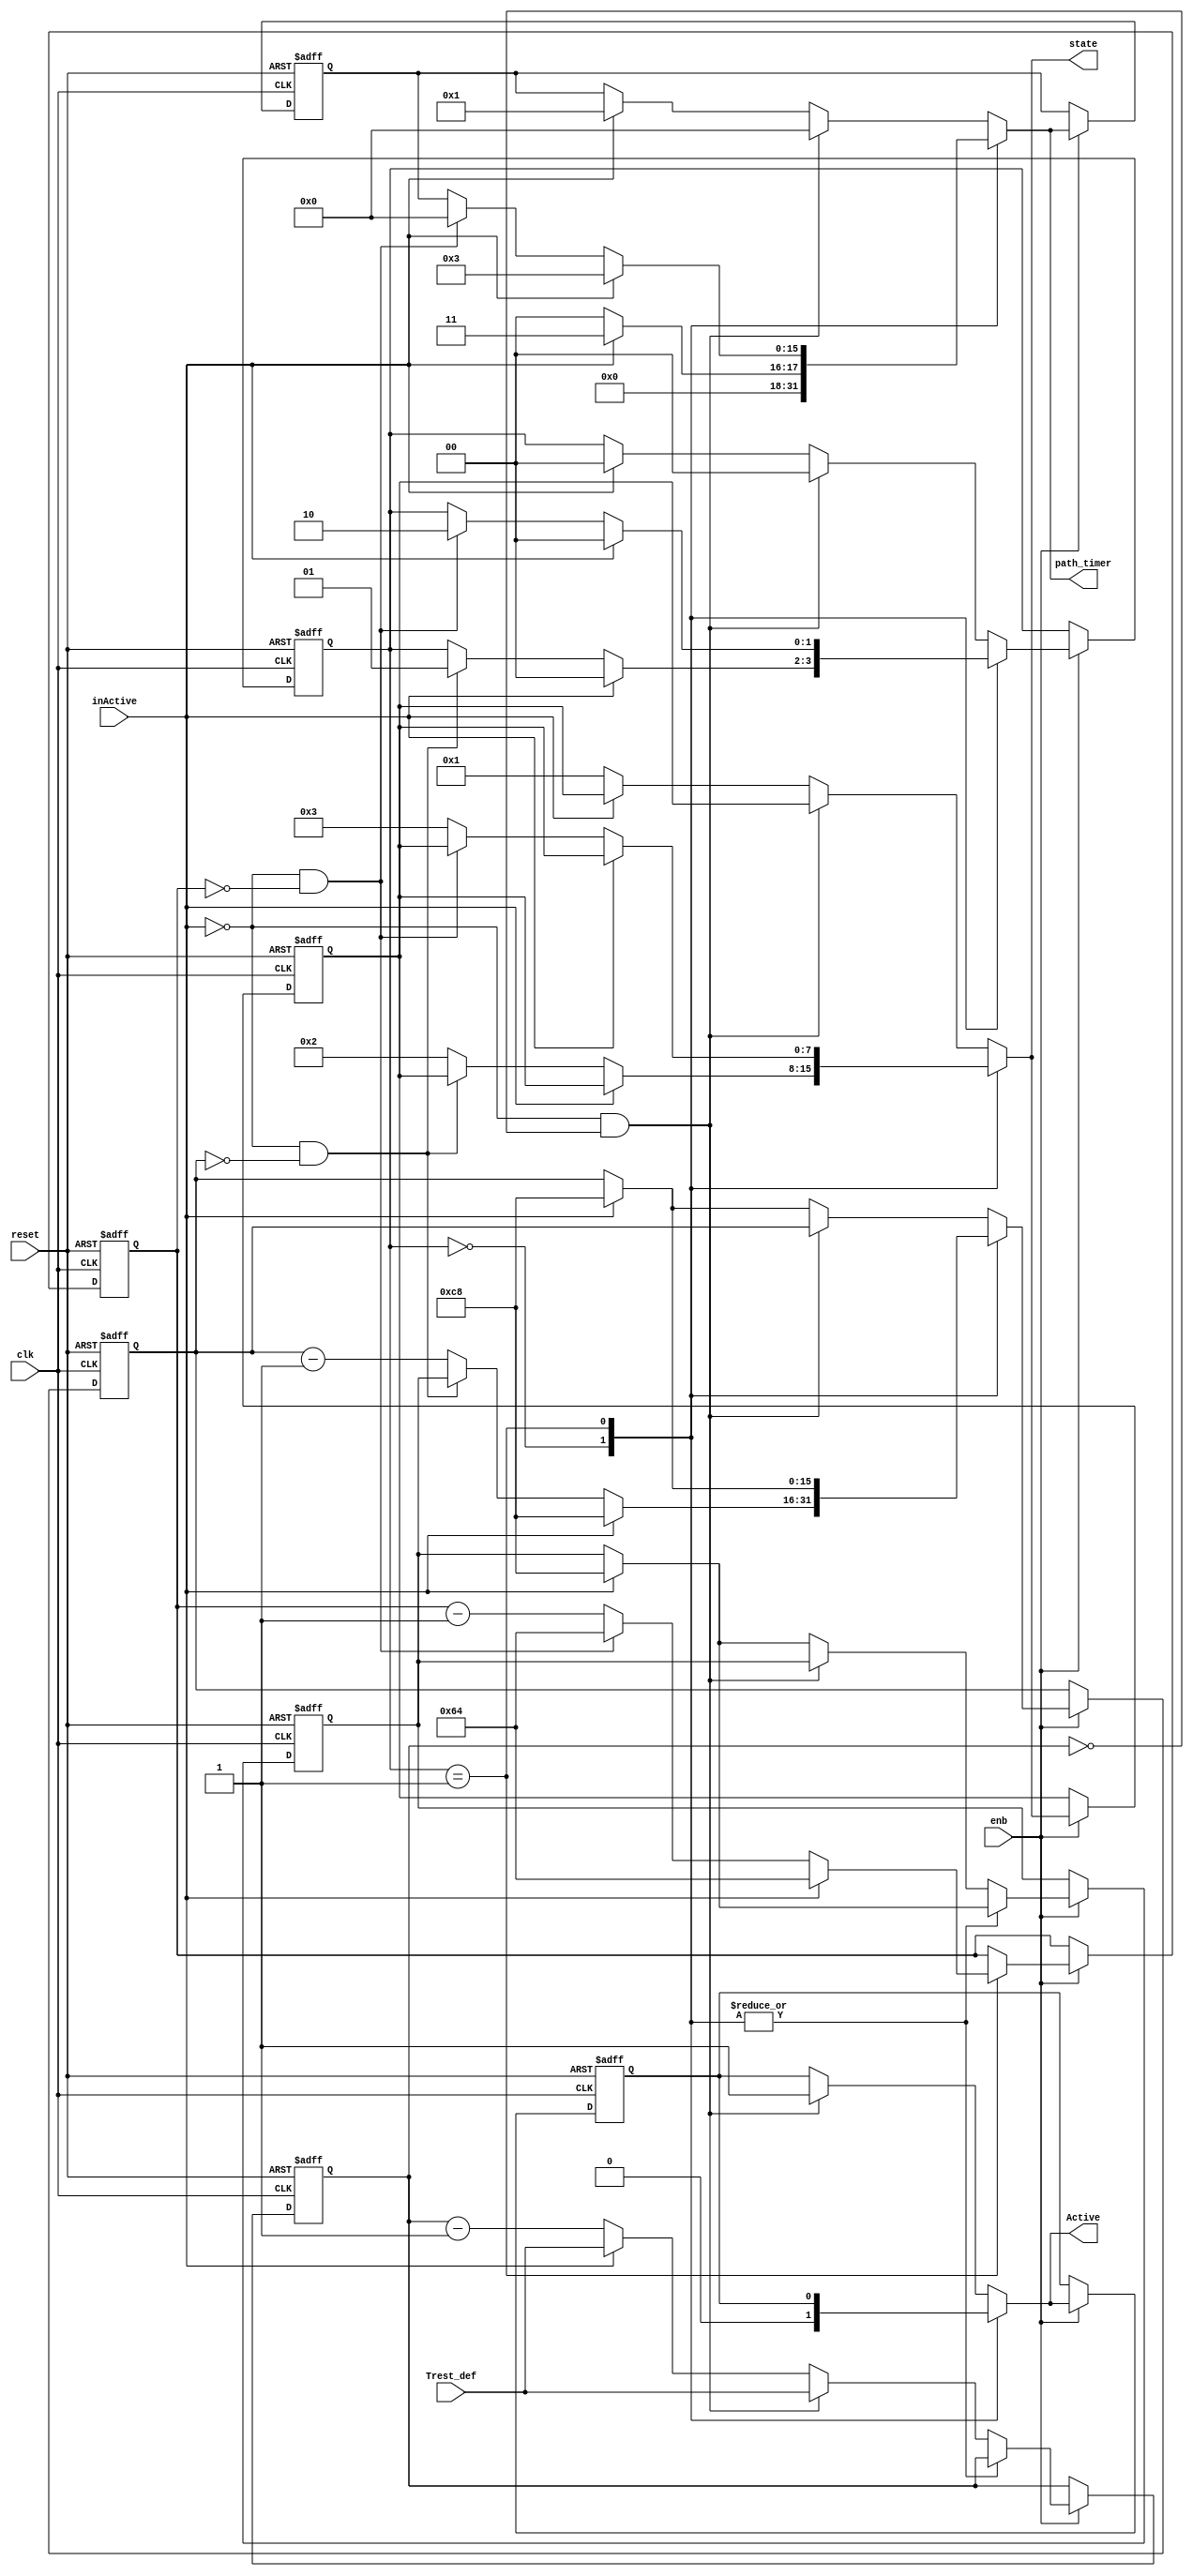
// -------------------------------------------------------------
// 
// 
// Generated by MATLAB 9.0 and HDL Coder 3.8
// 
// -------------------------------------------------------------


// -------------------------------------------------------------
// 
// Module: node_aut
// Source Path: case2mod_new/NA1_SA/node_aut
// Hierarchy Level: 2
// 
// -------------------------------------------------------------

`timescale 1 ns / 1 ns

module node_aut
          (
           clk,
           reset,
           enb,
           inActive,
           Trest_def,
           Active,
           state,
           path_timer
          );


  input   clk;
  input   reset;
  input   enb;
  input   inActive;
  input   [15:0] Trest_def;  // uint16
  output  Active;
  output  [7:0] state;  // uint8
  output  [15:0] path_timer;  // uint16

  parameter [15:0] TRRP_def = 100;  // uint16
  parameter [15:0] TERP_defs = 200;  // uint16
  parameter [15:0] TERP_s = 200;  // uint16
  parameter [15:0] TRRP_s = 100;  // uint16
  parameter [15:0] Trest_s = 300;  // uint16
  parameter [15:0] Terp_min = 200;  // uint16
  parameter [15:0] Terp_max = 200;  // uint16
  parameter is_NodeAutomaton_IN_ERP = 2'd0, is_NodeAutomaton_IN_RRP = 2'd1, is_NodeAutomaton_IN_Rest = 2'd2;

  reg [1:0] is_NodeAutomaton;  // uint8
  reg [15:0] TERP_cur;  // uint16
  reg [15:0] TRRP_cur;  // uint16
  reg [15:0] Trest_cur;  // uint16
  reg [15:0] TERP_def;  // uint16
  reg  Active_reg;
  reg [7:0] state_reg;  // uint8
  reg [15:0] path_timer_reg;  // uint16
  reg [1:0] is_NodeAutomaton_next;  // enum type is_NodeAutomaton (3 enums)
  reg [15:0] TERP_cur_next;  // uint16
  reg [15:0] TRRP_cur_next;  // uint16
  reg [15:0] Trest_cur_next;  // uint16
  reg [15:0] TERP_def_next;  // uint16
  reg  Active_reg_next;
  reg [7:0] state_reg_next;  // uint8
  reg [15:0] path_timer_reg_next;  // uint16


  always @(posedge clk or posedge reset)
    begin : SimpleModeling_c4_suxpossEf4V4iz8hNpPGGHH_node_aut_process
      if (reset == 1'b1) begin
        state_reg <= 8'd0;
        Active_reg <= 1'b0;
        Trest_cur <= Trest_s;
        TERP_def <= TERP_defs;
        TERP_cur <= TERP_s;
        TRRP_cur <= TRRP_s;
        path_timer_reg <= 16'd0;
        is_NodeAutomaton <= is_NodeAutomaton_IN_Rest;
      end
      else begin
        if (enb) begin
          is_NodeAutomaton <= is_NodeAutomaton_next;
          TERP_cur <= TERP_cur_next;
          TRRP_cur <= TRRP_cur_next;
          Trest_cur <= Trest_cur_next;
          TERP_def <= TERP_def_next;
          Active_reg <= Active_reg_next;
          state_reg <= state_reg_next;
          path_timer_reg <= path_timer_reg_next;
        end
      end
    end

  always @(is_NodeAutomaton, TERP_cur, TRRP_cur, Trest_cur, inActive, Trest_def, TERP_def,
       Active_reg, state_reg, path_timer_reg) begin
    TERP_def_next = TERP_def;
    Active_reg_next = Active_reg;
    state_reg_next = state_reg;
    path_timer_reg_next = path_timer_reg;
    is_NodeAutomaton_next = is_NodeAutomaton;
    TERP_cur_next = TERP_cur;
    TRRP_cur_next = TRRP_cur;
    Trest_cur_next = Trest_cur;
    case ( is_NodeAutomaton)
      is_NodeAutomaton_IN_ERP :
        begin
          if (inActive) begin
            TERP_cur_next = Terp_min;
            TERP_def_next = Terp_min;
            path_timer_reg_next = 16'd3;
            Active_reg_next = 1'b0;
            is_NodeAutomaton_next = is_NodeAutomaton_IN_ERP;
          end
          else if ( ! inActive && (TERP_cur == 16'b0000000000000000)) begin
            TERP_cur_next = TERP_def;
            path_timer_reg_next = 16'd0;
            Active_reg_next = 1'b0;
            is_NodeAutomaton_next = is_NodeAutomaton_IN_RRP;
          end
          else begin
            TERP_cur_next = TERP_cur - 16'd1;
            path_timer_reg_next = 16'd0;
            Active_reg_next = 1'b0;
            state_reg_next = 8'd2;
          end
        end
      is_NodeAutomaton_IN_RRP :
        begin
          if (inActive) begin
            TERP_def_next = Terp_min;
            path_timer_reg_next = 16'd3;
            TERP_cur_next = Terp_min;
            TRRP_cur_next = TRRP_def;
            is_NodeAutomaton_next = is_NodeAutomaton_IN_ERP;
          end
          else if ( ! inActive && (TRRP_cur == 16'b0000000000000000)) begin
            TRRP_cur_next = TRRP_def;
            path_timer_reg_next = 16'd0;
            is_NodeAutomaton_next = is_NodeAutomaton_IN_Rest;
          end
          else begin
            TRRP_cur_next = TRRP_cur - 16'd1;
            state_reg_next = 8'd3;
          end
        end
      default :
        begin
          if ( ! inActive && (Trest_cur == 16'b0000000000000000)) begin
            Trest_cur_next = Trest_def;
            Active_reg_next = 1'b1;
            path_timer_reg_next = 16'd0;
            is_NodeAutomaton_next = is_NodeAutomaton_IN_ERP;
          end
          else if (inActive) begin
            Trest_cur_next = Trest_def;
            TERP_def_next = Terp_max;
            TERP_cur_next = Terp_max;
            path_timer_reg_next = 16'd1;
            is_NodeAutomaton_next = is_NodeAutomaton_IN_ERP;
          end
          else begin
            Trest_cur_next = Trest_cur - 16'd1;
            state_reg_next = 8'd1;
          end
        end
    endcase
  end

  assign Active = Active_reg_next;
  assign state = state_reg_next;
  assign path_timer = path_timer_reg_next;



endmodule  // node_aut